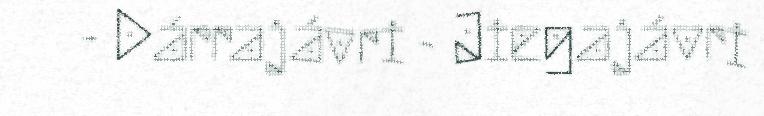
- Dárrajávri - Jiegajávri